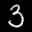
Label: 3